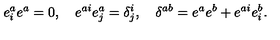
e _ { i } ^ { a } e ^ { a } = 0 , \quad e ^ { a i } e _ { j } ^ { a } = \delta _ { j } ^ { i } , \quad \delta ^ { a b } = e ^ { a } e ^ { b } + e ^ { a i } e _ { i } ^ { b } .